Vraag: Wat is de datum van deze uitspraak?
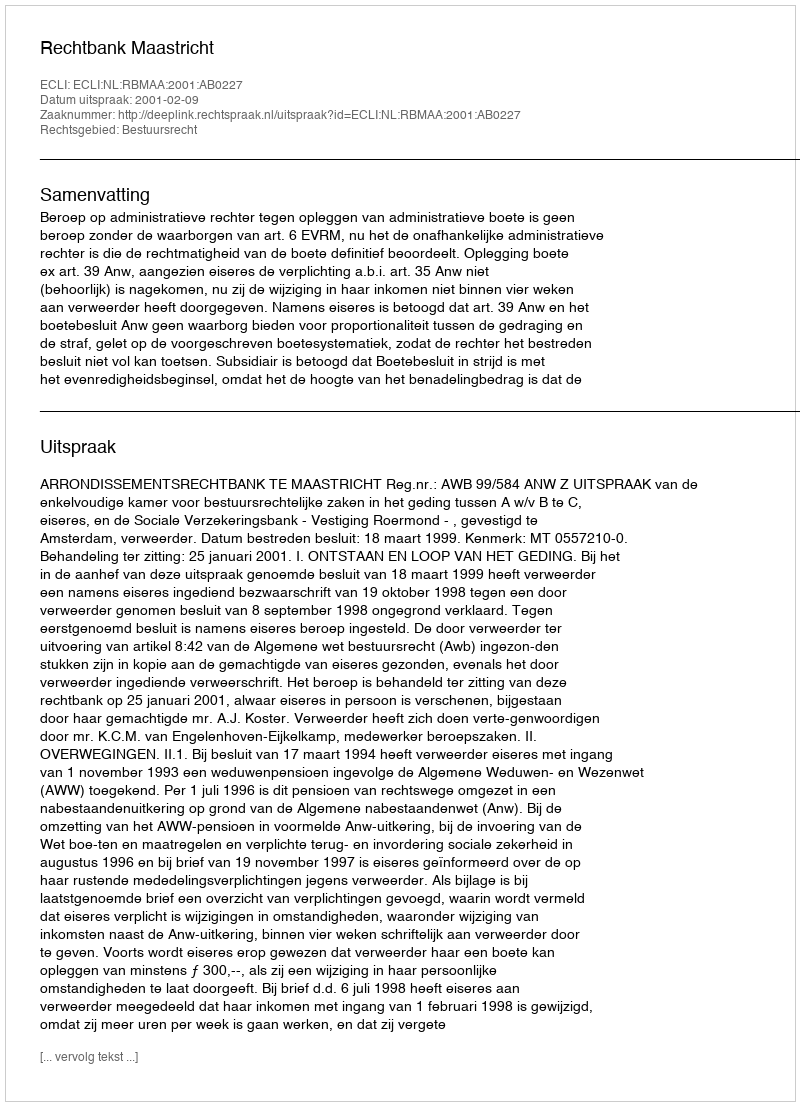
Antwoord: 2001-02-09